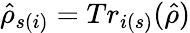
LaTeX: \hat{\rho}_{s(i)}=Tr_{i(s)}(\hat{\rho})